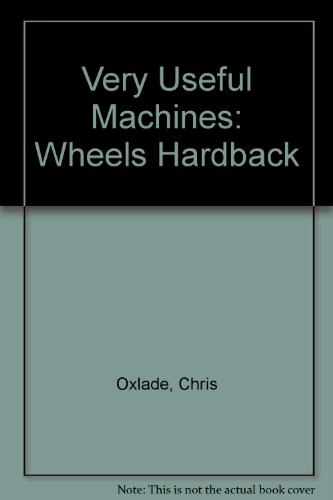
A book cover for Wheels (Very Useful Machines) (Very Useful Machines); Chris Oxlade; Children's Books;